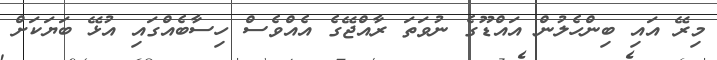
މިރޭ އައި ބިންހެލުން އައްޑޫގެ ނުވަތަ ރާއްޖޭގެ އެއްވެސް ހިސާބެއްގައި އުޅޭ ބަޔަކަށް